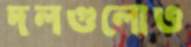
দলগুলোও